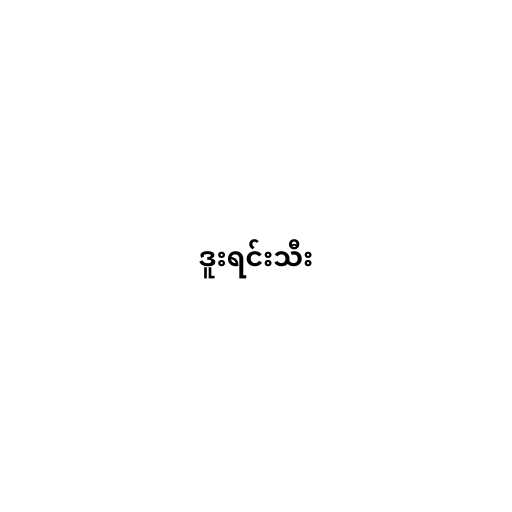
ဒူးရင်းသီး